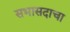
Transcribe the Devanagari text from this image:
सभासदाचा